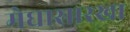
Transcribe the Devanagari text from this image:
मेघासारखा